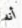
أنه